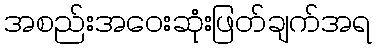
အစည်းအဝေးဆုံးဖြတ်ချက်အရ